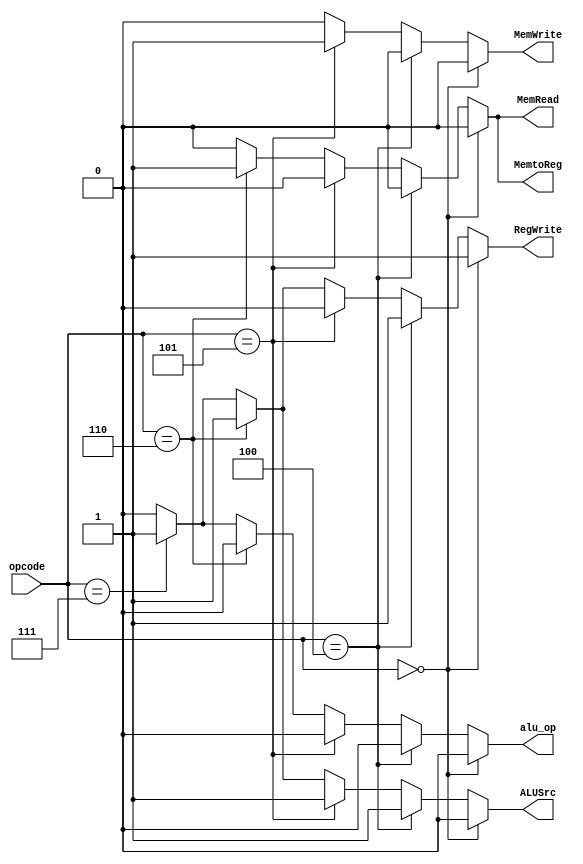
module Control(opcode,RegWrite,ALUSrc,alu_op,MemWrite,MemRead,MemtoReg);//define module name and ports names
input [2:0] opcode;//3 bit input for opcode
output reg RegWrite,ALUSrc,alu_op,MemWrite,MemRead,MemtoReg;//1 bit output control processor operations

always @(*)//runs on any input change
begin
if (opcode==3'b000)//Add instruction
begin
//assign values to output based on instruction
RegWrite=1'b1;//enable data write operation in regFile
ALUSrc=1'b0;//select rt data
alu_op=1'b0;//select ALU addition
MemWrite=1'b0;//disable write operation into data memory
MemRead=1'b0;//disable read data operation from data memory
MemtoReg=1'b0;//store alu result data into register
end
else if (opcode==3'b100)//Addi instruction
begin
//assign values to output based on instruction
RegWrite=1'b1;//enable data write operation in regFile
ALUSrc=1'b1;//select immediate data
alu_op=1'b0;//select ALU addition
MemWrite=1'b0;//disable write operation into data memory
MemRead=1'b0;//disable read data operation from data memory
MemtoReg=1'b0;//store alu result data into register
end
else if (opcode==3'b101)//Sw instruction
begin
//assign values to output based on instruction
RegWrite=1'b0;//disable data write operation in regFile
ALUSrc=1'b1;//select immediate data
alu_op=1'b0;//select ALU addition
MemWrite=1'b1;//write data in data memory
MemRead=1'b0;//disable read data operation from data memory
MemtoReg=1'b0;
end
else if (opcode==3'b110)//lw instruction
begin
//assign values to output based on instruction
RegWrite=1'b1;//enable data write operation in regFile
ALUSrc=1'b1;//select immediate data
alu_op=1'b0;//select ALU addition
MemWrite=1'b0;//disable write operation into data memory
MemRead=1'b1;//read data from dataMemory
MemtoReg=1'b1;//store data memory data into register
end
else if (opcode==3'b111)//sll instruction
begin
//assign values to output based on instruction
RegWrite=1'b1;//enable data write operation in regFile
ALUSrc=1'b1;//select immediate data
alu_op=1'b1;//select left shift operation
MemWrite=1'b0;//disable write operation into data memory
MemRead=1'b0;//disable read data operation from data memory
MemtoReg=1'b0;//store alu result data into register
end
else
begin
//assign values to output based on instruction
RegWrite=1'b0;//disable data write operation in regFile
ALUSrc=1'b0;//select rt data
alu_op=1'b0;//select ALU addition
MemWrite=1'b0;//disable write operation into data memory
MemRead=1'b0;//disable read data operation from data memory
MemtoReg=1'b0;//store alu result data into register
end
end
endmodule



//testbench for the Control
module tb_Control;
reg [2:0] opcode;//3 bit input for opcode
wire RegWrite,ALUSrc,alu_op,MemWrite,MemRead,MemtoReg;//1 bit output control processor operations
Control uut(opcode,RegWrite,ALUSrc,alu_op,MemWrite,MemRead,MemtoReg);//module instantiation
initial
begin
//test vector
opcode=3'b000;
#10 opcode=3'b001;
#10 opcode=3'b010;
#10 opcode=3'b011;
#10 opcode=3'b100;
#10 opcode=3'b101;
#10 opcode=3'b110;
#10 opcode=3'b111;
#10 $stop;//stop testbench simulation
end
endmodule